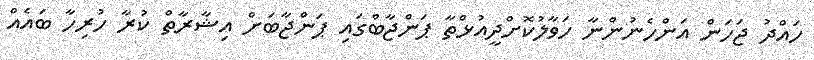
ހައްދު ޖަހަން އަންހެނުންނާ ހަވާލުކޮށްދީއުޅްތާ ޕަންޖާބްގައި ޕަންޖާބަށް އިޝާރާތް ކުރާ ހުރިހާ ބައެއް